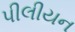
પીલીયન